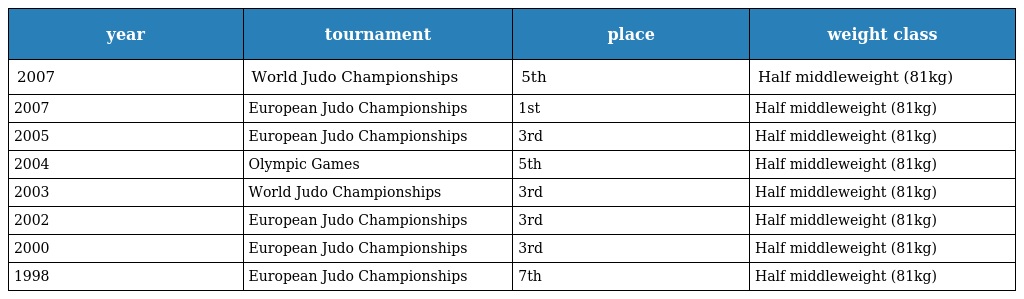
| year | tournament | place | weight class |
 | --- | --- | --- | --- |
 | 2007 | World Judo Championships | 5th | Half middleweight (81kg) |
 | 2007 | European Judo Championships | 1st | Half middleweight (81kg) |
 | 2005 | European Judo Championships | 3rd | Half middleweight (81kg) |
 | 2004 | Olympic Games | 5th | Half middleweight (81kg) |
 | 2003 | World Judo Championships | 3rd | Half middleweight (81kg) |
 | 2002 | European Judo Championships | 3rd | Half middleweight (81kg) |
 | 2000 | European Judo Championships | 3rd | Half middleweight (81kg) |
 | 1998 | European Judo Championships | 7th | Half middleweight (81kg) |